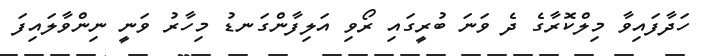
ހަދާފައިވާ މިލްކޮރާގެ ދެ ވަނަ ބުރީގައި ރޯވި އަލިފާންގަނޑު މިހާރު ވަނީ ނިންވާލައިފަ